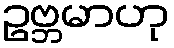
ဥဗ္ဘမာဟု